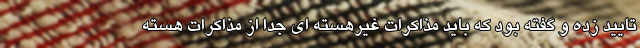
تایید زده و گفته بود که باید مذاکرات غیرهسته ای جدا از مذاکرات هسته